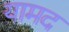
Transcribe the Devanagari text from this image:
यामद